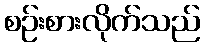
စဉ်းစားလိုက်သည်